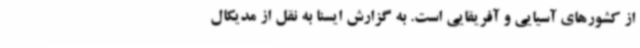
از کشورهای آسیایی و آفریقایی است. به گزارش ایسنا به نقل از مدیکال